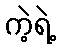
ကဲ့ရဲ့